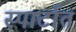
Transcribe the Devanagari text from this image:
स्पार्टात